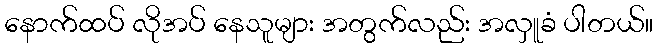
နောက်ထပ် လိုအပ် နေသူများ အတွက်လည်း အလှူခံ ပါတယ်။